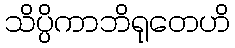
သိပ္ပိကာဘိရုတေဟိ